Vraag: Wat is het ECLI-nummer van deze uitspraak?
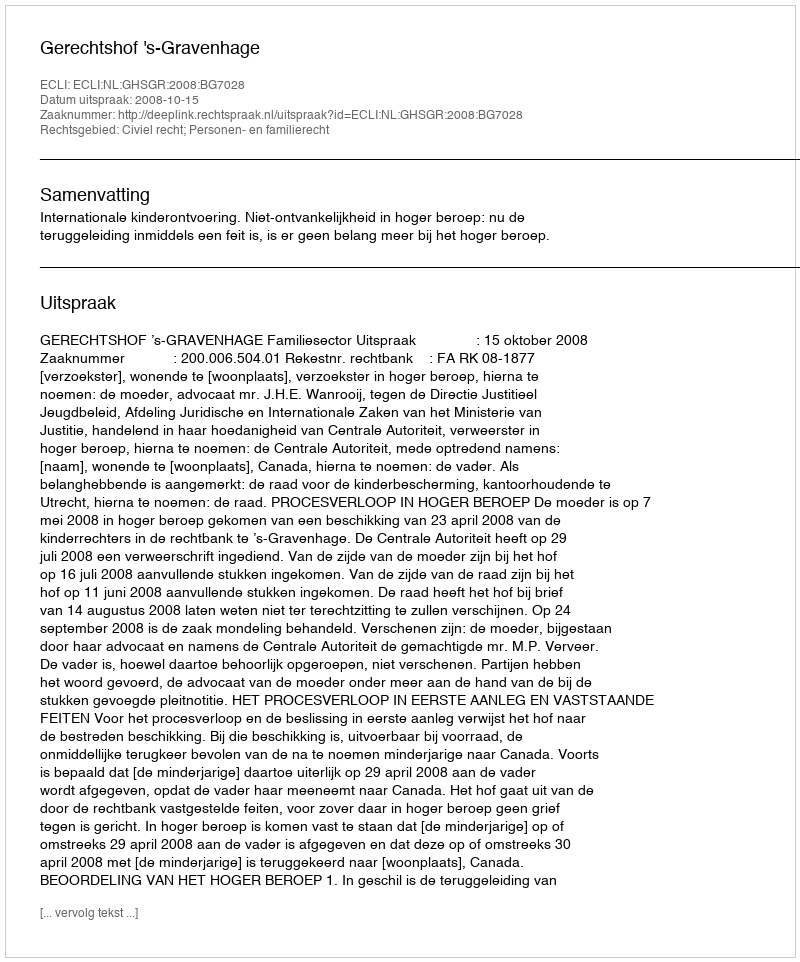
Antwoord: ECLI:NL:GHSGR:2008:BG7028